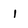
Character: l